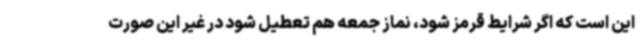
این است که اگر شرایط قرمز شود، نماز جمعه هم تعطیل شود در غیر این صورت